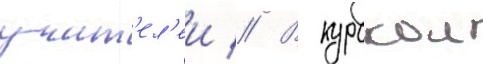
учит'ел'еи // В курскои